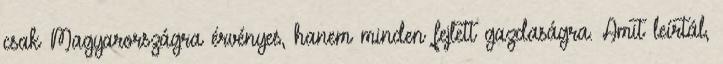
csak Magyarországra érvényes, hanem minden fejlett gazdaságra. Amit leírtál,